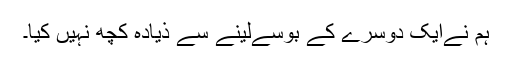
ہم نےایک دوسرے کے بوسےلینے سے ذیادہ کچھ نہیں کیا۔